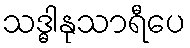
သဒ္ဓါနုသာရီပေ